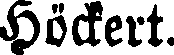
Höckert.